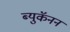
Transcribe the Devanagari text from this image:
ब्युकॅनन